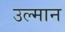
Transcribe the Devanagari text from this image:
उल्मान